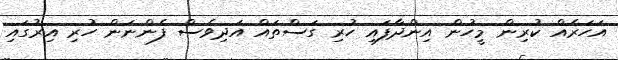
އަހަރެއް ކުރިން މީހުން އިންދާފައި ހުރި ގަސްތައް އަދިވެސް ފެންނަން ހުރި އިރުގައި